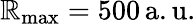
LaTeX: \mathbb{R}_{\mathrm{{max}}}=500\, \mathrm{{a.u.}}